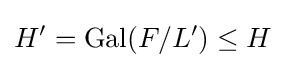
H'=\mathrm {Gal} (F/L')\leq H